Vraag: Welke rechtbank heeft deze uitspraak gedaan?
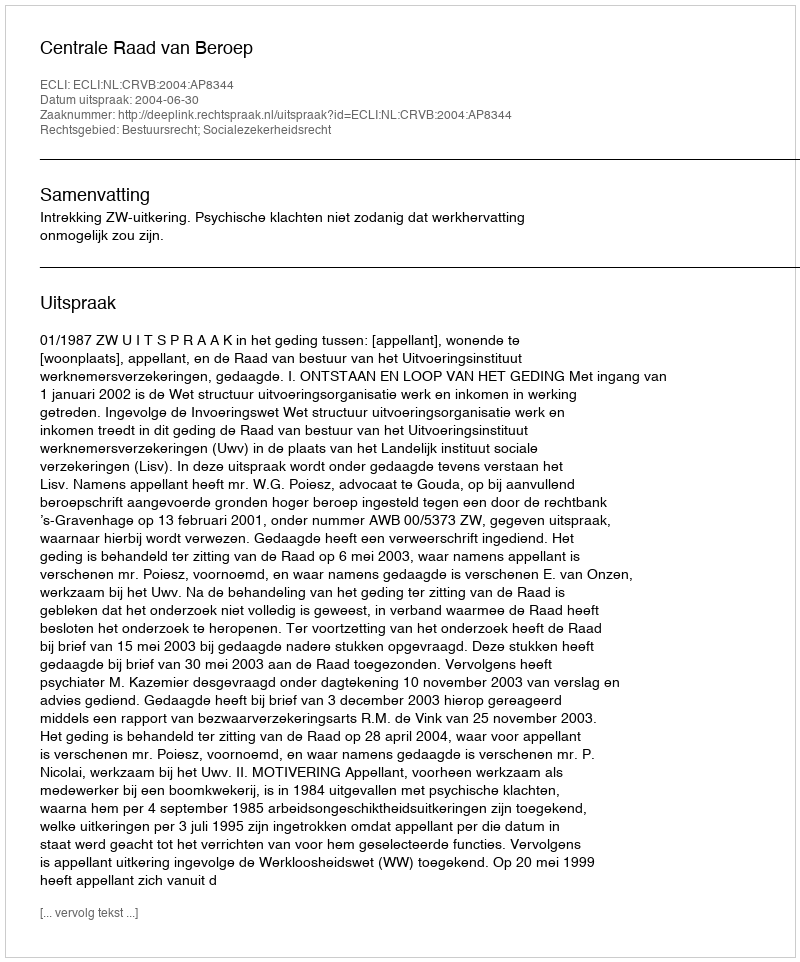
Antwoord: Centrale Raad van Beroep